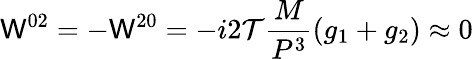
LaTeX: \mathsf{W}^{02}=-\mathsf{W}^{20}=-i{2\mathcal{T}}{\frac{{M}}{{P^{3}}}}(g_{1}+g_{2})\approx0